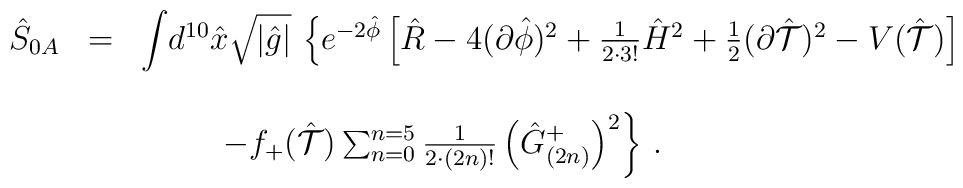
\begin{array}{rcl}\hat{S}_{0A} & = & {\displaystyle\int} d^{10}\hat{x}\sqrt{|\hat{g}|}\,\left\{e^{-2\hat{\phi}} \left[ \hat{R} -4(\partial\hat{\phi})^{2}+\frac{1}{2\cdot 3!}\hat{H}^{2}+\frac{1}{2}(\partial\hat{\cal T})^{2}-V(\hat{\cal T})\right] \right.\\& & \\& & \hspace{1cm}\left.-f_{+}(\hat{\cal T})\sum_{n=0}^{n=5}\frac{1}{2\cdot (2n)!}\left(\hat{G}_{(2n)}^{+}\right)^{2} \right\}\, .\\\end{array}